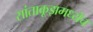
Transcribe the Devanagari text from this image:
सांताक्रूझमध्येच